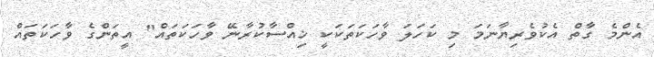
އެންމެ ގާތް އެކުވެރިޔާނަމަ މި ކަހަލަ ވާހަކަތަކަކީ ޚިއްސާކުރާނޭ ވާހަކަތައް" އީތަންގެ ވާހަކަތައް